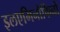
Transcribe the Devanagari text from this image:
इलएमिनोफिनो